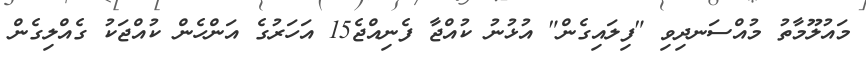
މައުލޫމާތު މުއްސަނދިވި "ފިލައިގެން" އުޅުނު ކުއްޖާ ފެނިއްޖެ15 އަހަރުގެ އަންހެން ކުއްޖަކު ގެއްލިގެން